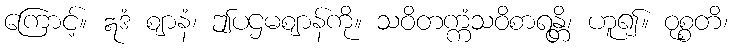
ကြောင့်။ ဣဒံ ဈာနံ၊ ဤပဌမဈာန်ကို။ သဝိတက္ကံသဝိစာရန္တိ၊ ဟူ၍။ ဝုစ္စတိ၊